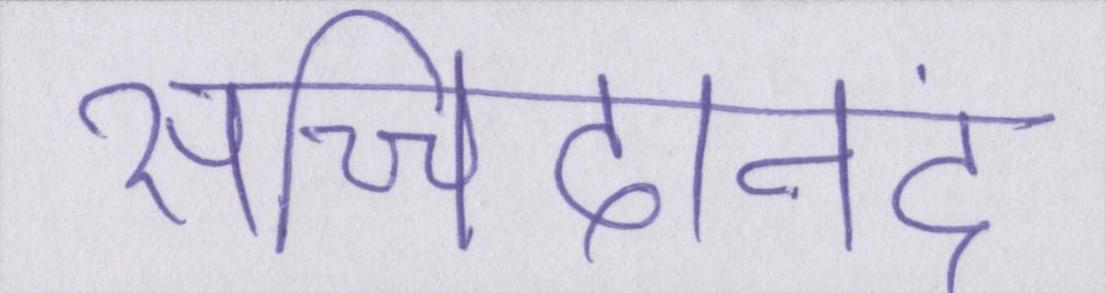
सच्चिदानंद